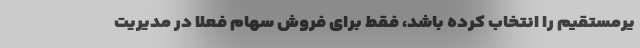
یرمستقیم را انتخاب کرده باشد، فقط برای فروش سهام فعلاً در مدیریت